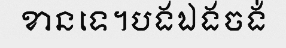
ខានទេ។បងឯងចង់